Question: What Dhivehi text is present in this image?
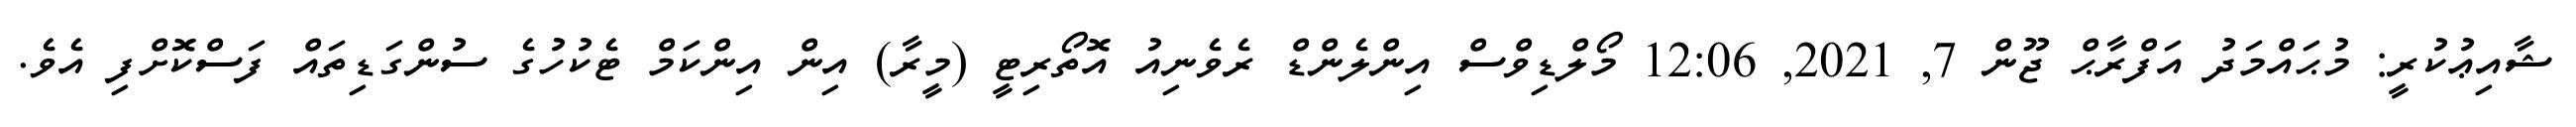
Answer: ޝާއިޢުކުރީ: މުޙައްމަދު އަފްރާޙް ޖޫން 7, 2021, 12:06 މޯލްޑިވްސް އިންލެންޑް ރެވެނިއު އޮތޯރިޓީ (މީރާ) އިން އިންކަމް ޓެކުހުގެ ސުންގަޑިތައް ފަސްކޮށްފި އެވެ.